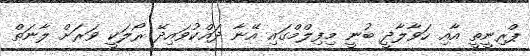
ޕްރިނީތީ އާއި ހަވާލާދީ ބުނީ މިފިލްމްގައި އޭނާ ދައްކުވައިދޭ ރޯލަކީ ވަރަށް ލާނަތް